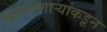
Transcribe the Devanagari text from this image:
म्हणवणाऱ्यांकडून